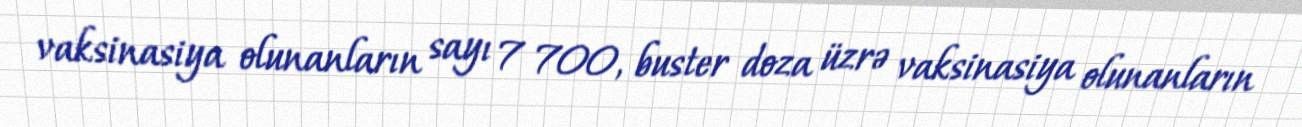
vaksinasiya olunanların sayı 7 700, buster doza üzrə vaksinasiya olunanların